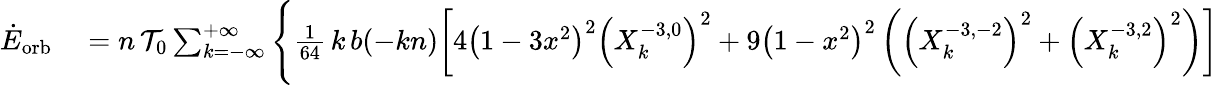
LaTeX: \begin{array}{rl}{\dot{E}_{\mathrm{orb}}}&{{}=n\, {\cal T}_{0}\sum_{k=-\infty}^{+\infty}\Bigg\{ \frac{1}{64}\, k\, b(-kn)\bigg[4\left(1-3x^{2}\right)^{2}\left(X_{k}^{-3,0}\right)^{2}+9\left(1-x^{2}\right)^{2}\left(\left(X_{k}^{-3,-2}\right)^{2}+\left(X_{k}^{-3,2}\right)^{2}\right)\bigg]}\end{array}